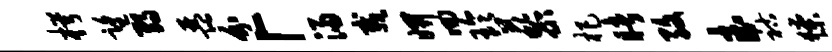
枵望弱琵介「浸栽妍回玲藜杷睹孜武祜獠